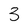
Character: 3